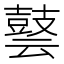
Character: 𪔎